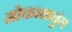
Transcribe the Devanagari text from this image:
मोकाकचुंग